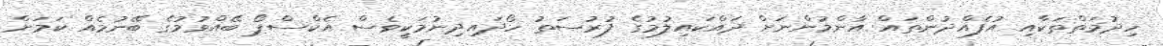
ހިދުމަތްތަކާއި އުފެއްދުންތައް އާންމުންނަށް ދައްކައިލުމުގެ ފުރުސަތު ހޯދައިދިނުމަކީވެސް އެކްސްޕޯ ބޭއްވުމުގެ ބޭނުމެއް ކަމަށް